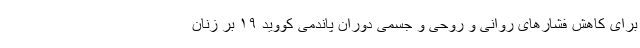
برای کاهش فشارهای روانی و روحی و جسمی دوران پاندمی کووید ۱۹ بر زنان